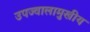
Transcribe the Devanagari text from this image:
उपज्वालामुखीय